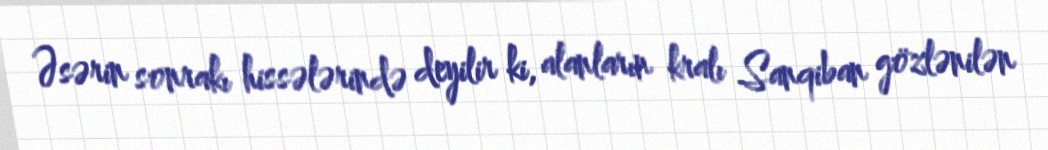
Əsərin sonrakı hissələrində deyilir ki, alanların kralı Sanqiban gözlənilən